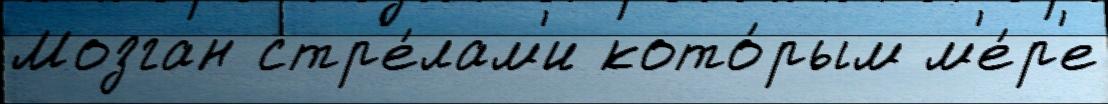
Мозган стр'е́лам'и кото́рым м'е́р'е